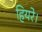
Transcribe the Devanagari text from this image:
हियरे।